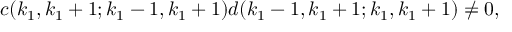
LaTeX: c ( k _ { 1 } , k _ { 1 } + 1 ; k _ { 1 } - 1 , k _ { 1 } + 1 ) d ( k _ { 1 } - 1 , k _ { 1 } + 1 ; k _ { 1 } , k _ { 1 } + 1 ) \neq 0 ,